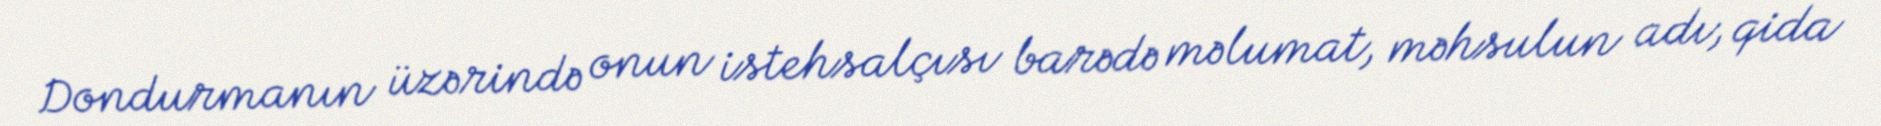
Dondurmanın üzərində onun istehsalçısı barədə məlumat, məhsulun adı, qida